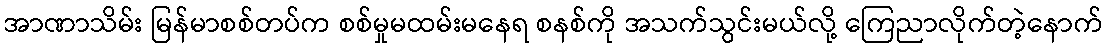
အာဏာသိမ်း မြန်မာစစ်တပ်က စစ်မှုမထမ်းမနေရ စနစ်ကို အသက်သွင်းမယ်လို့ ကြေညာလိုက်တဲ့နောက်